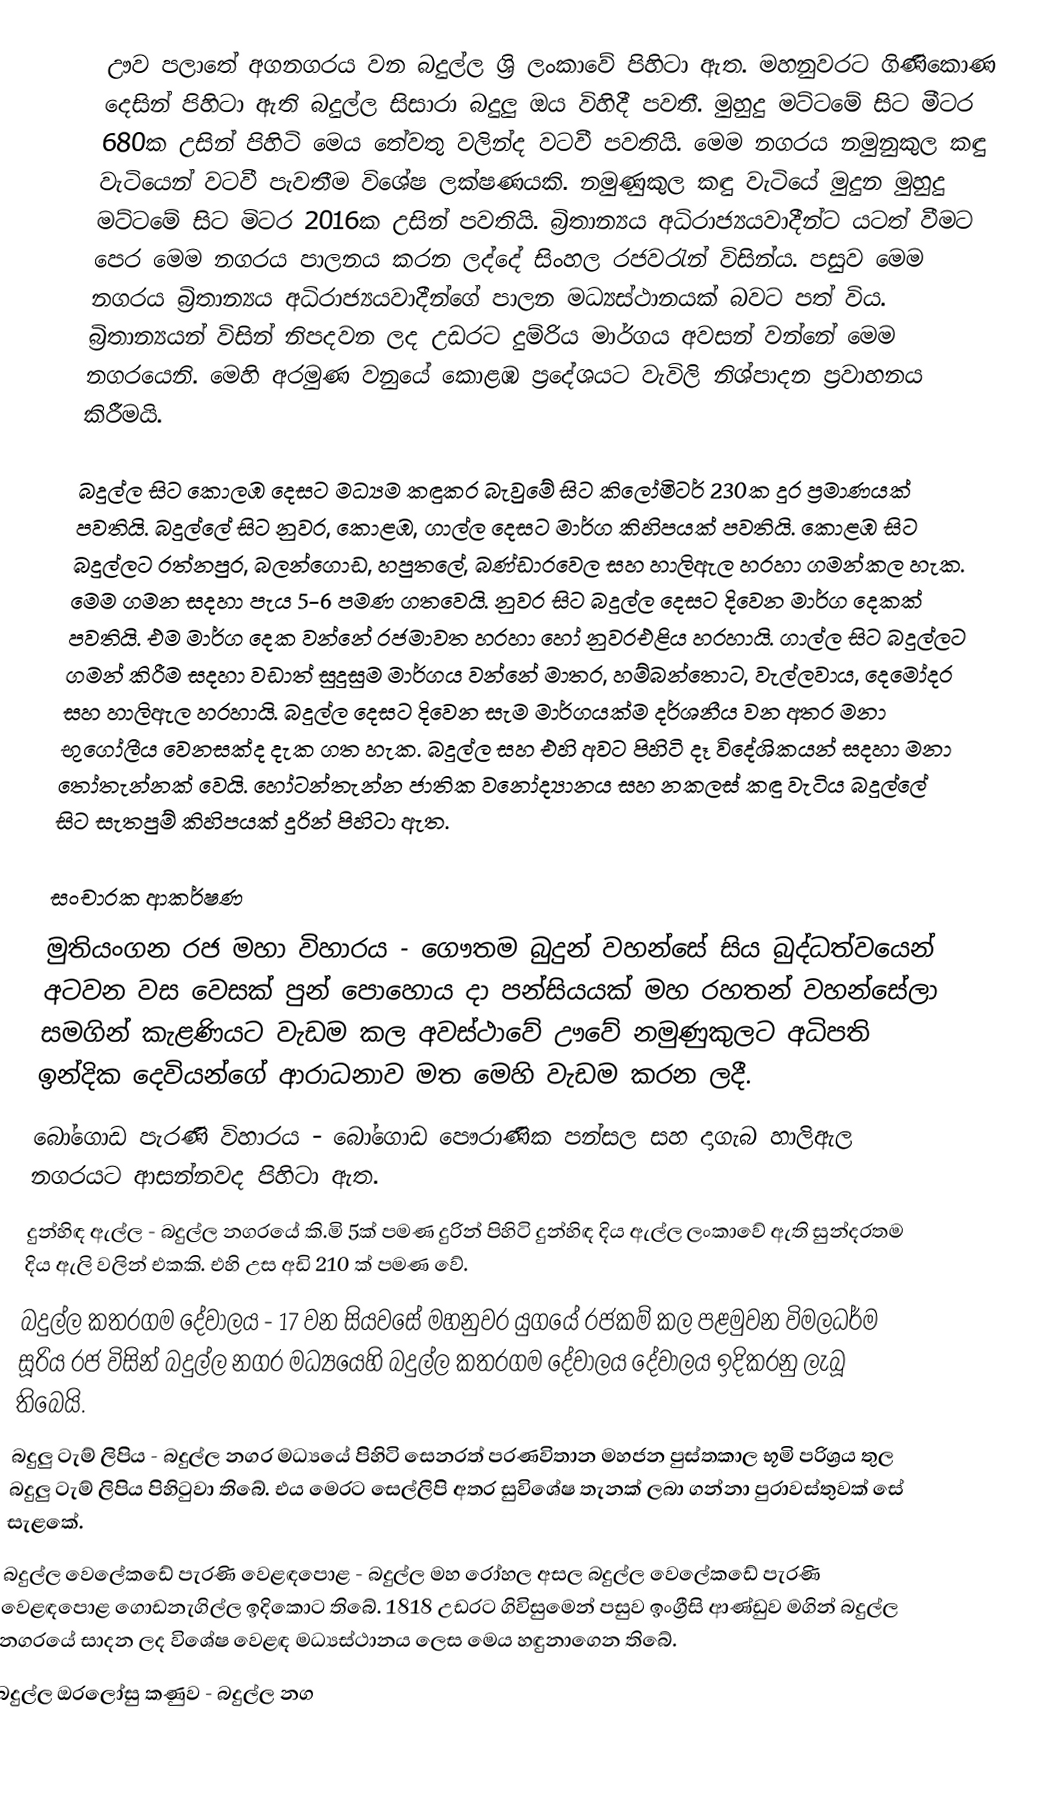
ඌව පලාතේ අගනගරය වන බදුල්ල ශ්‍රි ලංකා‍වේ පිහිටා ඇත. මහනුවරට ගිණිකොණ දෙසින් පිහිටා ඇති බදුල්ල සිසාරා බදුලු ඔය විහිදී පවතී. මුහුදු මට්ටමේ සිට මීටර 680ක උසින් පිහිටි මෙය තේවතු වලින්ද වටවී පවතියි. මෙම නගරය නමුනුකුල කඳු වැටියෙන් වටවී පැවතීම විශේෂ ලක්ෂණයකි. නමුණුකුල කඳු වැටියේ මුදුන මුහුදු මට්ටමේ සිට මිටර 2016ක උසින් පවතියි. බ්‍රිතාන්‍යය අධිරාජ්‍යයවාදීන්ට යටත් වීමට පෙර මෙම නගරය පාලනය කරන ලද්දේ සිංහල රජවරැන් විසින්ය.‍ පසුව ‍මෙම නගරය බ්‍රිතාන්‍යය අධිරාජ්‍යයවාදීන්ගේ පාලන මධ්‍යස්ථානයක් බවට පත් විය. බ්‍රිතාන්‍යයන් විසින් නිපදවන ලද උඩරට දුම්රිය මාර්ගය අවසන් වන්නේ මෙම නගරයෙනි. මෙහි අරමුණ වනුයේ කොළඹ ප්‍රදේශයට වැවිලි නිශ්පාදන ප්‍රවාහනය කිරීමයි.

බදුල්ල සිට කොලඹ දෙසට මධ්‍යම කඳුකර බැවුමේ සිට කිලෝමිටර් 230ක දුර ප්‍රමාණයක් පවතියි. බදුල්ලේ සිට නුවර, කොළඹ, ගාල්ල දෙසට මාර්ග කිහිපයක් පවතියි. කොළඹ සිට බදුල්ලට රත්නපුර, බලන්ගොඩ, හපුතලේ, බණ්ඩාරවෙල සහ හාලිඇල හරහා ගමන්කල හැක. මෙම ගමන සදහා පැය 5-6 පමණ ගතවෙයි. නුවර සිට බදුල්ල දෙසට දිවෙන මාර්ග දෙකක් පවතියි. එම මාර්ග දෙක  වන්නේ රජමාවත හරහා හෝ නුවරඑළිය හරහායි. ගාල්ල සිට බදුල්ලට ගමන් කිරීම සදහා වඩාත් සුදුසුම මාර්ගය වන්නේ මාතර, හම්බන්තොට, වැල්ලවාය, දෙමෝදර සහ හාලිඇල හරහායි. බදුල්ල දෙසට දිවෙන සැම මාර්ගයක්ම දර්ශනීය වන අතර මනා භුගෝලීය වෙනසක්ද දැක ගත හැක. බදුල්ල සහ එහි අවට පිහිටි දෑ විදේශිකයන් සදහා මනා තෝතැන්නක් වෙයි. හෝටන්තැන්න ජාතික වනෝද්‍යානය සහ නකලස් කඳු වැටිය බදුල්ලේ සිට සැතපුම් කිහිපයක් දුරින් පිහිටා ඇත.

සංචාරක ආකර්ෂණ
මුතියංගන රජ මහා විහාරය - ගෞතම බුදුන් වහන්සේ සිය බුද්ධත්වයෙන් අටවන වස වෙසක් පුන් පොහොය දා පන්සියයක් මහ රහතන් වහන්සේලා සමගින් කැළණියට වැඩම කල අවස්ථාවේ ඌවේ නමුණුකුලට අධිපති ඉන්දික දෙවියන්ගේ ආරාධනාව මත මෙහි වැඩම කරන ලදී.
බෝගොඩ පැරණි විහාරය - බෝගොඩ පෞරාණික පන්සල සහ දාගැබ හාලිඇල නගරයට ආසන්නවද පිහිටා ඇත.
දුන්හිඳ ඇල්ල - බදුල්ල නගරයේ කි.මි 5ක් පමණ දුරින් පිහිටි දුන්හිඳ දිය ඇල්ල ලංකාවේ ඇති සුන්දරතම දිය ඇලි වලින් එකකි. එහි උස අඩි 210 ක් පමණ වේ.
බදුල්ල කතරගම දේවාලය - 17 වන සියවසේ මහනුවර යුගයේ රජකම් කල පළමුවන විමලධර්ම සූරිය රජ විසින් බදුල්ල නගර මධ්‍යයෙහි බදුල්ල කතරගම දේවාලය දේවාලය ඉදිකරනු ලැබූ තිබෙයි.
බදුලු ටැම් ලිපිය - බදුල්ල නගර මධ්‍යයේ පිහිටි සෙනරත් පරණවිතාන මහජන පුස්තකාල භූමි පරිශ්‍රය තුල බදුලු ටැම් ලිපිය පිහිටුවා තිබේ. එය මෙරට සෙල්ලිපි අතර සුවිශේෂ තැනක් ලබා ගන්නා පුරාවස්තුවක් සේ සැළකේ.
බදුල්ල වෙලේකඩේ පැරණි වෙළඳපොළ - බදුල්ල මහ රෝහල අසල බදුල්ල වෙලේකඩේ පැරණි වෙළඳපොළ ගොඩනැගිල්ල ඉදිකොට තිබේ. 1818 උඩරට ගිවිසු‍‍මෙන් පසුව ඉංග්‍රීසි ආණ්ඩුව මගින් බදුල්ල නගර‍යේ සාදන ලද ‍‍විශේෂ වෙළඳ මධ්‍යස්ථානය ‍ලෙස මෙය හඳුනාගෙන තිබේ.
බදුල්ල ඔරලෝසු කණුව - බදුල්ල නග